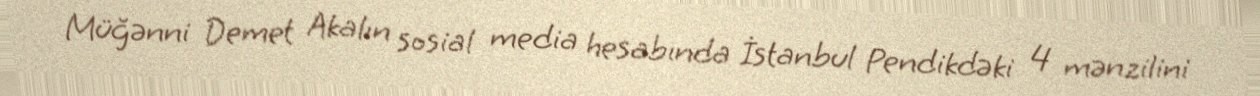
Müğənni Demet Akalın sosial media hesabında İstanbul Pendikdəki 4 mənzilini